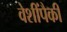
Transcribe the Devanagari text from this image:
वेशींपैकी